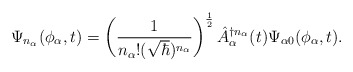
\begin{align*}\Psi_{n_\alpha} (\phi_\alpha,t) = \left(\frac{1}{n_\alpha ! (\sqrt{\hbar})^{n_\alpha}}\right)^{\frac{1}{2}}\hat{A}_\alpha^{\dagger n_\alpha}(t)\Psi_{\alpha 0} (\phi_\alpha,t).\end{align*}